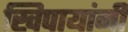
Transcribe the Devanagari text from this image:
खिपायांनी